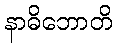
နာဓိဘောတိ